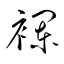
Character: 襴